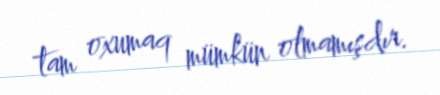
tam oxumaq mümkün olmamışdır.